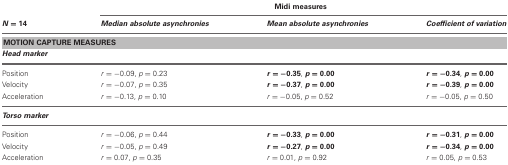
|  | <COLSPAN=3> Midi measures |
 | N = 14 | Median absolute asynchronies | Mean absolute asynchronies | Coefficient of variation |
 | --- | --- | --- | --- |
 | <COLSPAN=4> MOTION CAPTURE MEASURES |
 | <COLSPAN=4> Head marker |
 | Position | r = −0.09, p = 0.23 | r = −0.35, p = 0.00 | r = −0.34, p = 0.00 |
 | Velocity | r = −0.07, p = 0.35 | r = −0.37, p = 0.00 | r = −0.39, p = 0.00 |
 | Acceleration | r = −0.13, p = 0.10 | r = −0.05, p = 0.52 | r = −0.05, p = 0.50 |
 | <COLSPAN=4> Torso marker |
 | Position | r = −0.06, p = 0.44 | r = −0.33, p = 0.00 | r = −0.31, p = 0.00 |
 | Velocity | r = −0.05, p = 0.49 | r = −0.27, p = 0.00 | r = −0.34, p = 0.00 |
 | Acceleration | r = 0.07, p = 0.35 | r = 0.01, p = 0.92 | r = 0.05, p = 0.53 |